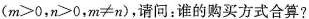
($$m≥0$$，$$n>0$$，$$m≠n$$)，请问：谁的购买方式合算?